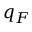
q _ { F }